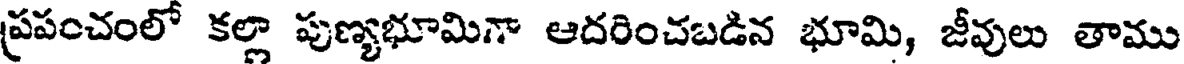
ప్రపంచంలో కల్లా పుణ్యభూమిగా ఆదరించబడిన భూమి, జీవులు తాము